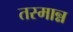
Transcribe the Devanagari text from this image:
तस्मान्न